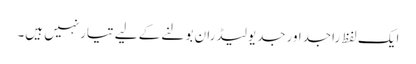
ایک لفظ راجداورجدیولیڈران بولنے کے لیے تیارنہیں ہیں۔